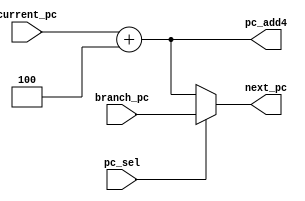
module NPC (
    input  [31:0] current_pc,
    input  [31:0] branch_pc ,
    input         pc_sel    ,
    output [31:0] next_pc   ,
    output [31:0] pc_add4    
);
assign pc_add4 = current_pc + 32'd4;
assign next_pc = (pc_sel) ? branch_pc : pc_add4;

endmodule